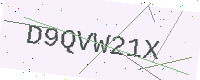
Text: D9QVW21X